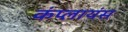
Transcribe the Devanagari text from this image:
कंप्लायंस